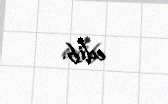
edib.